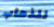
للذهاب